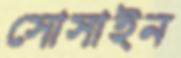
সোসাইন